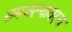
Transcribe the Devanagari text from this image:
समजल्यावरच